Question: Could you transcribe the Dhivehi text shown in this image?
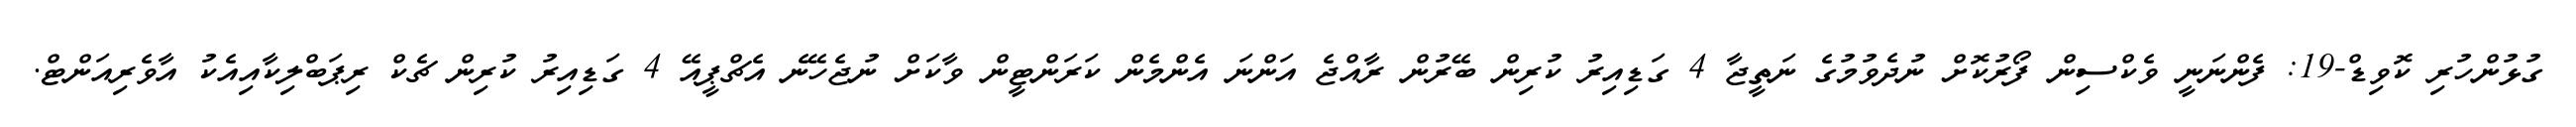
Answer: ގުޅުންހުރި ކޮވިޑް-19: ފެންނަނީ ވެކްސިން ފޯރުކޮށް ނުދެވުމުގެ ނަތީޖާ 4 ގަޑިއިރު ކުރިން ބޭރުން ރާއްޖެ އަންނަ އެންމެން ކަރަންޓީން ވާކަށް ނުޖެހޭނެ އެޗްޕީއޭ 4 ގަޑިއިރު ކުރިން ޗެކް ރިޕަބްލިކާއިއެކު އާވެރިއަންޓް.